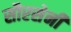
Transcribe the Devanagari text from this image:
सौरसेनी